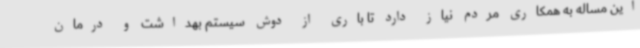
این مساله به همکاری مردم نیاز دارد تا باری از دوش سیستم بهداشت و درمان